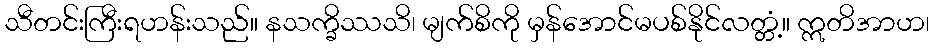
သီတင်းကြီးရဟန်းသည်။ နသက္ခိဿသိ၊ မျက်စိကို မှန်အောင်မပစ်နိုင်လတ္တံ့။ ဣတိအာဟ၊